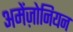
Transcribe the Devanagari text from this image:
अमेंज़ोनियन